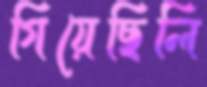
গিয়েছিলি